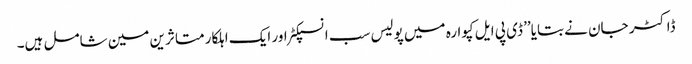
ڈاکٹر جان نے بتایا’’ ڈی پی ایل کپوارہ میں پولیس سب انسپکٹر اور ایک اہلکار متاثرین مین شامل ہیں۔